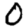
Digit: 0